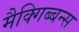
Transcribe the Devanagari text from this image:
मैक्गिब्बन्स